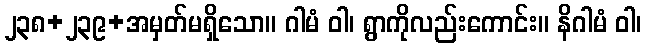
၂၃၈+၂၃၉+အမှတ်မရှိသော။ ဂါမံ ဝါ၊ ရွာကိုလည်းကောင်း။ နိဂါမံ ဝါ၊